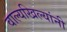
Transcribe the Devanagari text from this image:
वाल्यखिल्यांनी